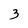
Character: 3